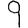
Digit: 9